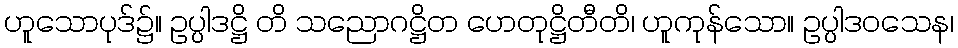
ဟူသောပုဒ်၌။ ဥပ္ပါဒဋ္ဌိ တိ သညောဂဋ္ဌိတ ဟေတုဋ္ဌိတီတိ၊ ဟူကုန်သော။ ဥပ္ပါဒဝသေန၊